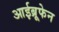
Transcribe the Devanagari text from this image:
आईब्रूफेन